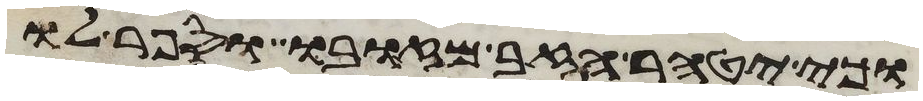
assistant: וכי יטהר הזב מזובו וספר לו